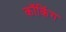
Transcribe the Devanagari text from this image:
कॉकिंग